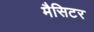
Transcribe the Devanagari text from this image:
मैसिटर